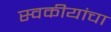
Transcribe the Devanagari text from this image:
स्वकीयांचा